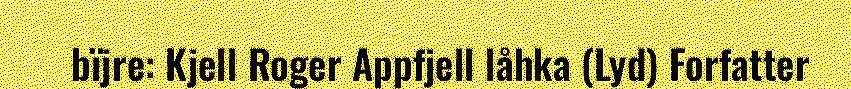
bïjre: Kjell Roger Appfjell låhka (Lyd) Forfatter